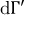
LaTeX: \mathrm { d } \Gamma ^ { \prime }